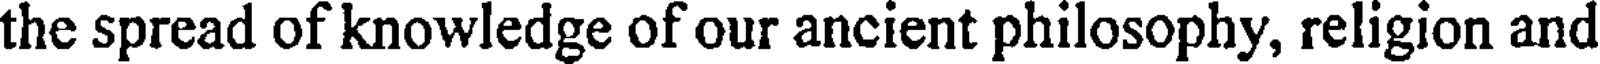
the spread of knowledge of our ancient philosophy, religion and